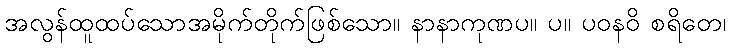
အလွန်ထူထပ်သောအမိုက်တိုက်ဖြစ်သော။ နာနာကုဏပ။ ပ။ ပဝနဝိ စရိတေ၊